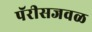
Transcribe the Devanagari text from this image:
पॅरीसजवळ